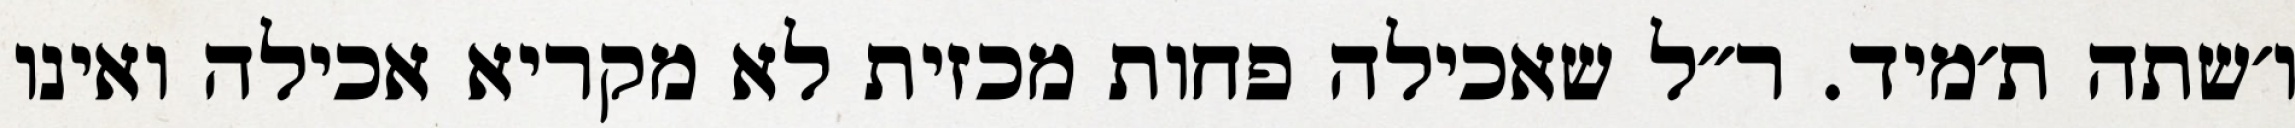
ו׳שתה ת׳מיד. ר״ל שאכילה פחות מכזית לא מקריא אכילה ואינו